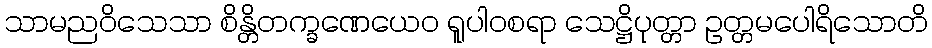
သာမညဝိသေသာ စိန္တိတက္ခဏေယေဝ ရူပါဝစရာ သေဋ္ဌိပုတ္တာ ဥတ္တမပေါရိသောတိ